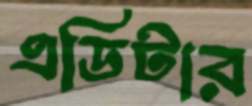
এডিটার